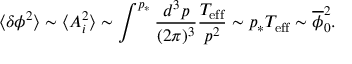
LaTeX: \langle \delta \phi ^ { 2 } \rangle \sim \langle A _ { i } ^ { 2 } \rangle \sim \int ^ { p _ { * } } \frac { d ^ { 3 } p } { ( 2 \pi ) ^ { 3 } } \frac { T _ { \mathrm { e f f } } } { p ^ { 2 } } \sim p _ { * } T _ { \mathrm { e f f } } \sim \overline { { { \phi } } } _ { 0 } ^ { 2 } .